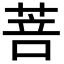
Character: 菩